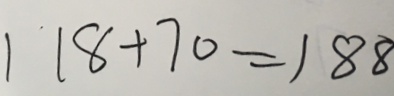
1 1 8 + 7 0 = 1 8 8